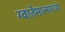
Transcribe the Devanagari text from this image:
ग्वातेमाल्याच्या